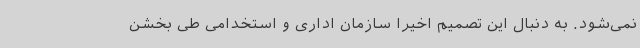
نمی‌شود. به دنبال این تصمیم اخیرا سازمان اداری و استخدامی طی بخشن